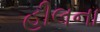
હીલના